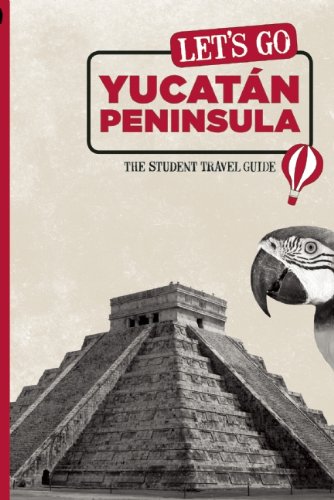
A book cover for Let's Go YucatÃ¡n Peninsula: The Student Travel Guide (Let's Go: Yucatan Peninsula); Inc. Harvard Student Agencies; Travel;